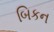
બિકન